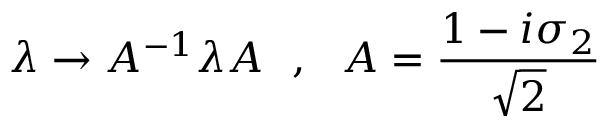
\lambda \rightarrow A ^ { - 1 } \lambda A ~ ~ , ~ ~ A = \frac { 1 - i \sigma _ { 2 } } { \sqrt { 2 } }